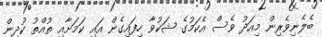
ބެލެނިވެރިން މިއަދު ވެސް އެކަމުގެ ޝަކުވާ ހިފައިގެން އައި ކަމަށާއި ތުއްތު ކުދިން